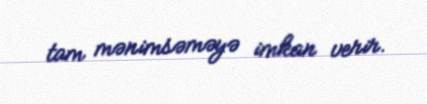
tam mənimsəməyə imkan verir.